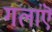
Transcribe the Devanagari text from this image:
गलांऎ